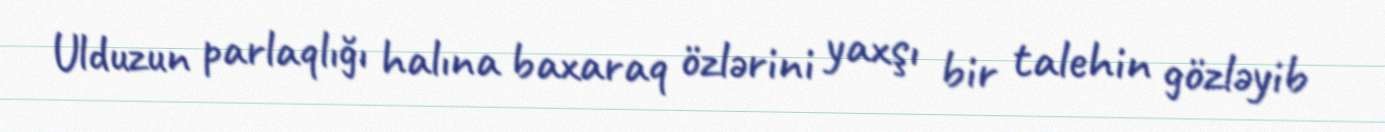
Ulduzun parlaqlığı halına baxaraq özlərini yaxşı bir talehin gözləyib